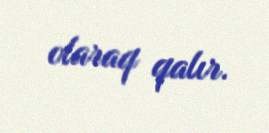
olaraq qalır.